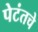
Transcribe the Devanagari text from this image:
पेटंतचे